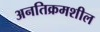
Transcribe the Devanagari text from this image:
अनतिक्रमशील